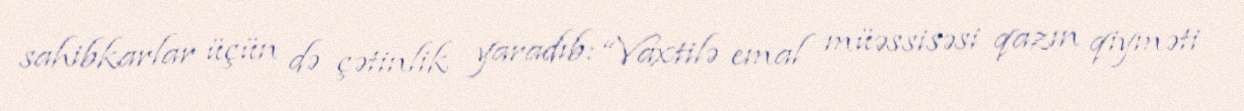
sahibkarlar üçün də çətinlik yaradıb: “Vaxtilə emal müəssisəsi qazın qiyməti